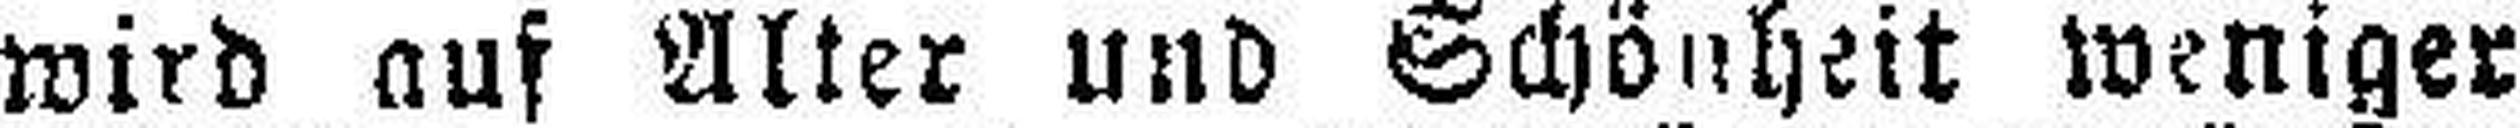
wird auf Alter und Schönheit weniger